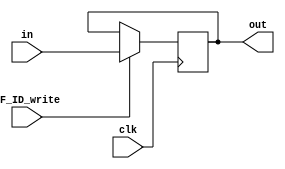
module Register #(parameter WIDTH=32) (IF_ID_write, clk, in, out);

input wire clk;
input wire IF_ID_write;
input wire [WIDTH-1 : 0] in;
output reg [WIDTH-1 : 0] out;

always @(posedge clk) begin
    if(IF_ID_write == 1'b1) begin
        out <= in;
    end
end

initial begin
    out<=0;
end

endmodule